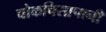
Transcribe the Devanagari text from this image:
चोकचिसापानी